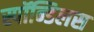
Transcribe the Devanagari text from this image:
स्पॉन्डिलस